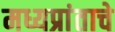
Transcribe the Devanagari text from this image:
मध्यप्रांताचे